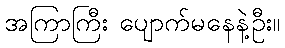
အကြာကြီး ပျောက်မနေနဲ့ဦး။